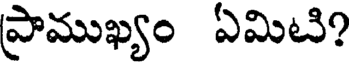
ప్రాముఖ్యం ఏమిటి?